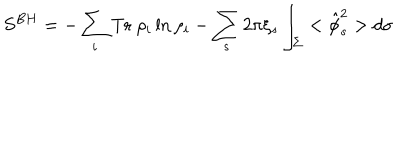
S ^ { B H } = - \sum _ { i } \mathrm { T r } ~ \rho _ { i } \ln \rho _ { i } - \sum _ { s } 2 \pi \xi _ { s } \int _ { \Sigma } < \hat { \phi } _ { s } ^ { 2 } > d \sigma